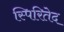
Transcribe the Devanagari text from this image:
स्पिरितेद